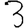
Digit: 3